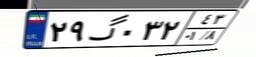
۲۹گ۰۳۲۴۳